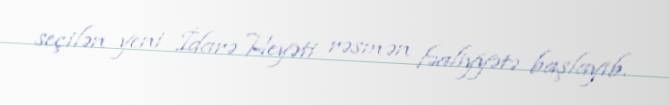
seçilən yeni İdarə Heyəti rəsmən fəaliyyətə başlayıb.